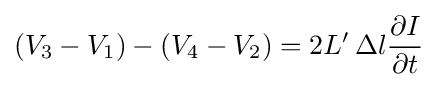
\left(V_{3}-V_{1}\right)-\left(V_{4}-V_{2}\right)=2L'\,\Delta l{\frac {\partial I}{\partial t}}